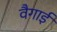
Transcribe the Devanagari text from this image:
वैगाई